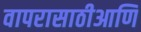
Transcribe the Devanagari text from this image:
वापरासाठीआणि